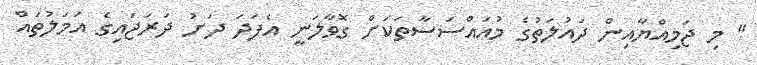
" މި ޖަމިއްޔާއިން ދައުލަތުގެ މުއައްސަސާތަކަށް ގޮވާލަނީ އެފަދަ ދަށު ދަރަޖައިގެ އަމަލުތައް